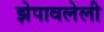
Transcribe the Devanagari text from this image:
झेपावलेली